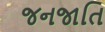
જનજાતિ